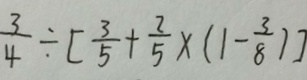
\frac { 3 } { 4 } \div [ \frac { 3 } { 5 } + \frac { 2 } { 5 } \times ( 1 - \frac { 3 } { 8 } ) ]